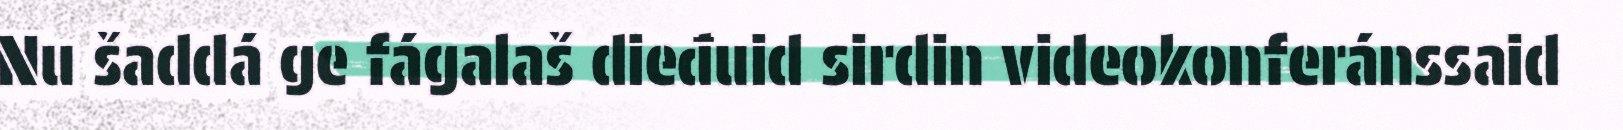
Nu šaddá ge fágalaš dieđuid sirdin videokonferánssaid